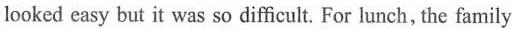
looked easy but it was so difficult. For lunch, the family